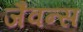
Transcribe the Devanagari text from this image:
जैवन्स